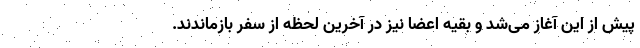
پیش از این آغاز می‌شد و بقیه اعضا نیز در آخرین لحظه از سفر بازماندند.